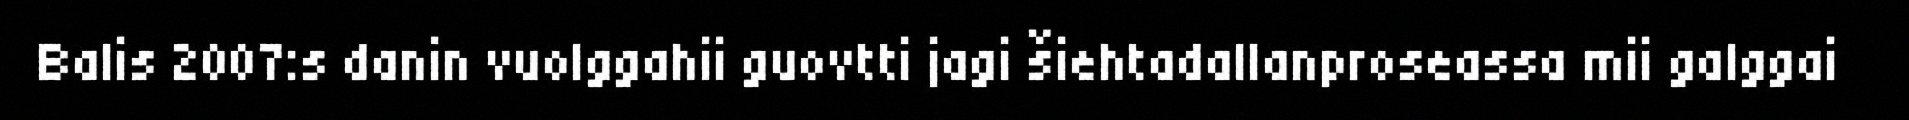
Balis 2007:s danin vuolggahii guovtti jagi šiehtadallanproseassa mii galggai